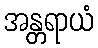
အန္တရာယံ